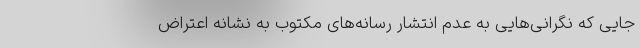
جایی که نگرانی‌هایی به عدم انتشار رسانه‌های مکتوب به نشانه اعتراض